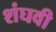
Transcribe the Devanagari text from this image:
शंघवी